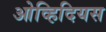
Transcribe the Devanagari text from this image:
ओव्हिदियस